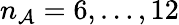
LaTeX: n_{\mathcal{A}}=6,\ldots,12